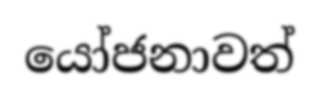
යෝජනාවත්